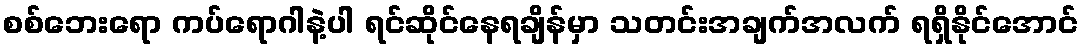
စစ်ဘေးရော ကပ်ရောဂါနဲ့ပါ ရင်ဆိုင်နေရချိန်မှာ သတင်းအချက်အလက် ရရှိနိုင်အောင်